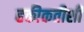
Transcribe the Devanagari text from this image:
हकीकतीशी